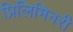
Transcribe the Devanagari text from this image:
प्रिलिमिनरी